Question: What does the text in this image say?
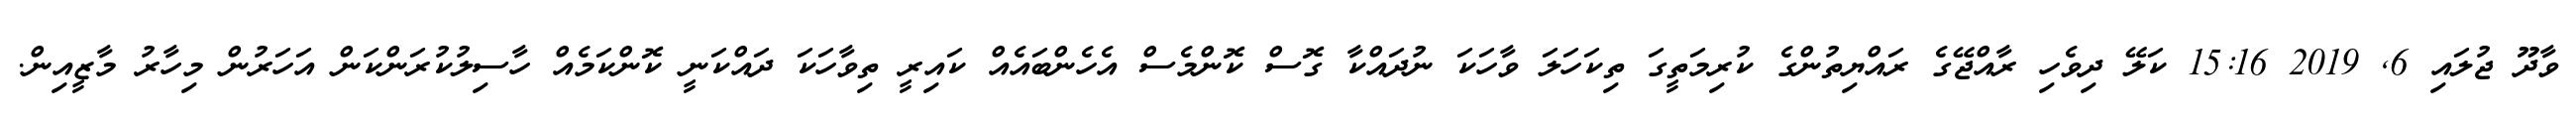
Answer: ވާދޫ ޖުލައި 6, 2019 15:16 ކަލޭ ދިވެހި ރާއްޖޭގެ ރައްޔިތުންގެ ކުރިމަތީގަ ތިކަހަލަ ވާހަކަ ނުދައްކާ ގޮސް ކޮންމެސް އެހެންބައެއް ކައިރީ ތިވާހަކަ ދައްކަނީ ކޮންކަމެއް ހާސިލުކުރަންކަން އަހަރުން މިހާރު މާޒީއިން.